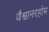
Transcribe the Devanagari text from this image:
वैश्वानरहोम